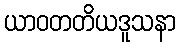
ယာဝတတိယဒူသနာ